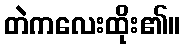
တဲကလေးထိုး၏။